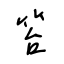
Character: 笞